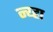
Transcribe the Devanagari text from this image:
न्य्हा